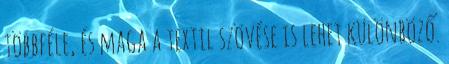
többféle, és maga a textil szövése is lehet különböző.